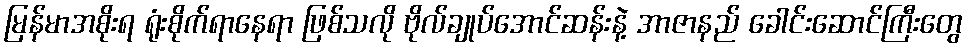
မြန်မာအစိုးရ ရုံးစိုက်ရာနေရာ ဖြစ်သလို ဗိုလ်ချုပ်အောင်ဆန်းနဲ့ အာဇာနည် ခေါင်းဆောင်ကြီးတွေ